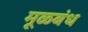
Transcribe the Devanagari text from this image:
मूळबंध